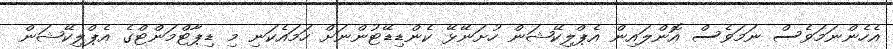
އެހެންނަމަވެސް ނަމަވެސް އޮންލައިން އެޕްލިކޭޝަން ހުށަނޭޅޭ ކެންޑިޑޭޓުންނަށް ހަމައެކަނި މި ޑިޕާޓްމަންޓްގެ އެޕްލިކޭޝަން